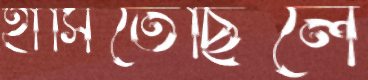
হাসিতেছিলে